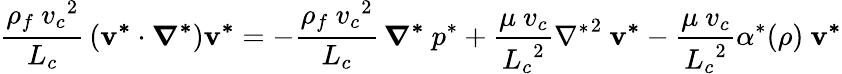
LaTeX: \frac{\rho_{f}\ {v_{c}}^{2}}{L_{c}}\, (\mathbf{v^{*}}\cdot\boldsymbol{\nabla^{*}})\mathbf{v^{*}}=-\frac{\rho_{f}\ {v_{c}}^{2}}{L_{c}}\, \boldsymbol{\nabla^{*}}\ p^{*}+\frac{\mu\ v_{c}}{{L_{c}}^{2}}{\nabla^{*}}^{2}\ \mathbf{v^{*}}-\frac{\mu\ v_{c}}{{L_{c}}^{2}}\alpha^{*}(\rho)\ \mathbf{v^{*}}